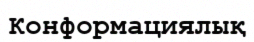
Конформациялық